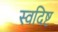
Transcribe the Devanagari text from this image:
स्वदिष्ट